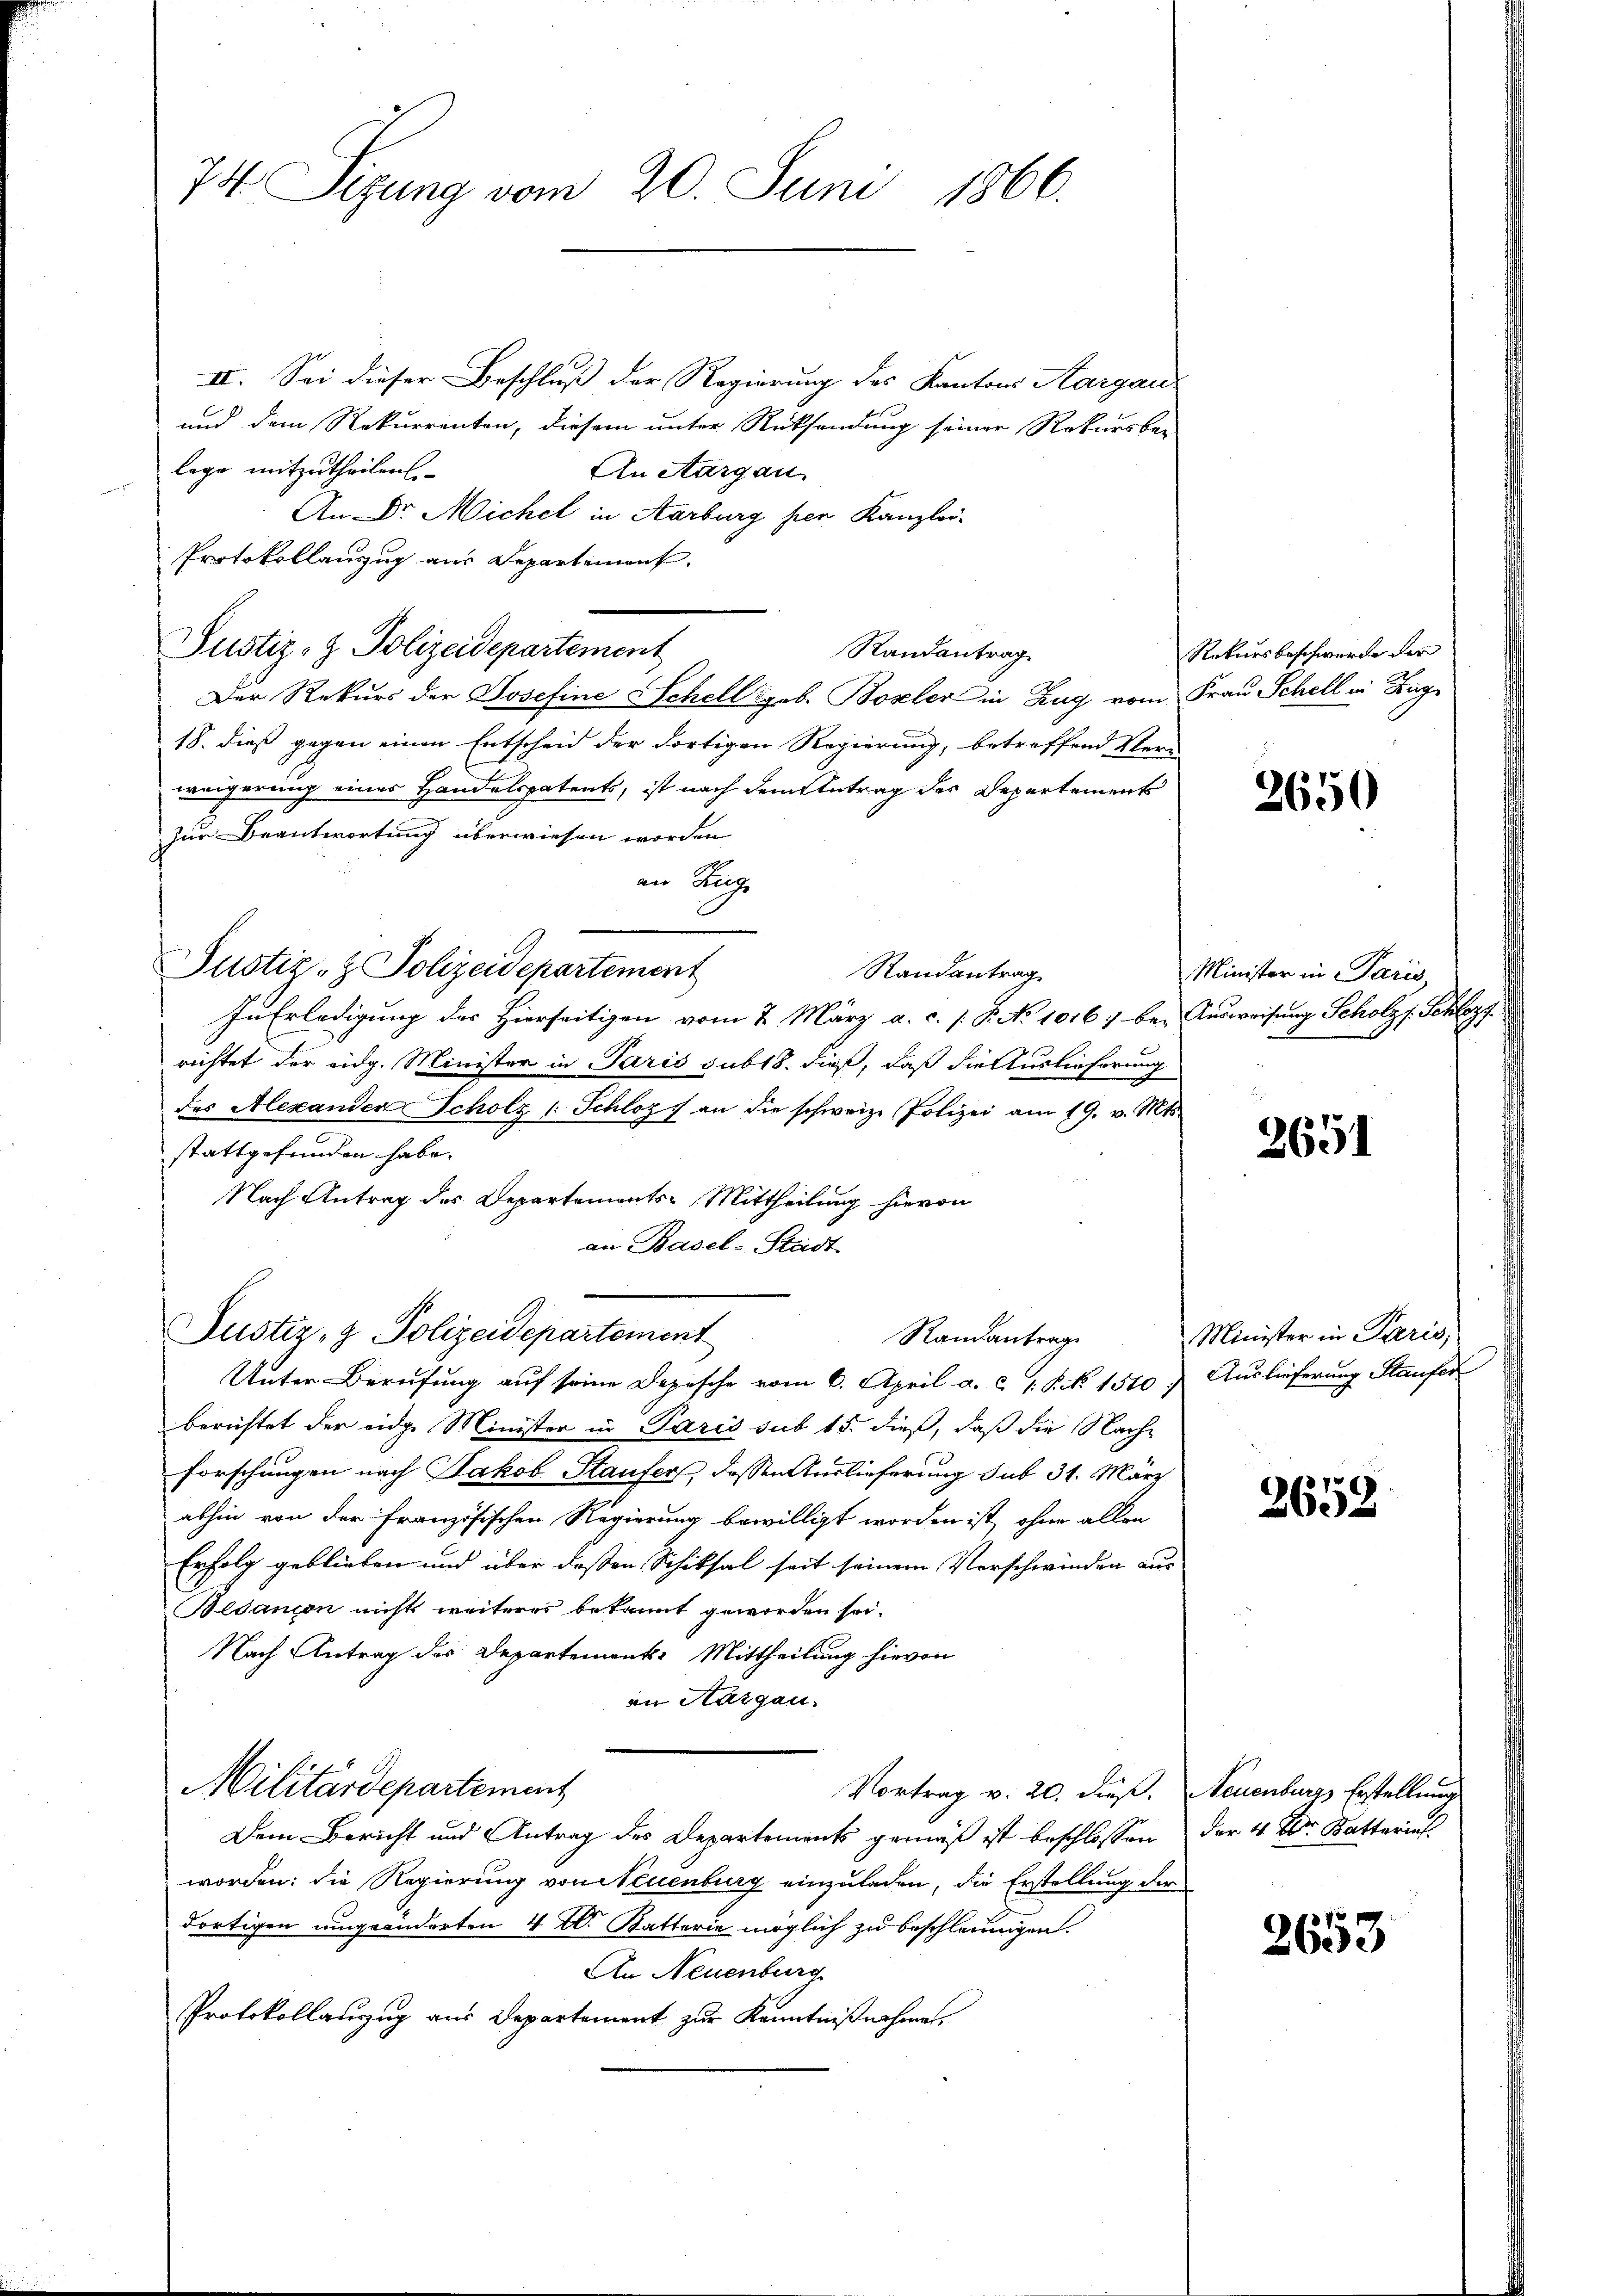
74 Sizung vom 20. Juni 1866.

II. Sei dieser Beschluß der Regierung des Kantons Aargau
und dem Rekurrenten, diesem unter Rücksendung seiner Rekursber
lege mitzutheilen
An Aargau.
An DDr. Michel in Aarburg per Kanzlei-
Protokollauszug aus Departement
Justiz- & Polizeidepartement
Randantrag
Der Rekurs der Josefine Schell geb. Boxler in Zug vom Frau Schell in Zug
18. dieß gegen einen Entscheid der dortigen Regierung, betreffend Verweigerung eines Handelspatents, ist nach dem Antrag des Departement
zur Beantwortung überwiesen worden
an Hug
Justiz- & Polizeidepartement
Randantrag
In Erledigung des Hierseitigen vom 2. März a. c. s. S. No 10167 bei Ausweisung Scholz s. Schloss
richtet der eidg. Minister in Paris sub 18. dieß, daß die Auslieferung
des Alexanden Scholz 1 Schlöz) an die schweiz. Polizei am 19. v. Mts.
stattgefunden habe. |
Nach Antrag des Departements-Mittheilung hievon
an Basel-Stadt
Justiz- & Polizeidepartement
Randantrag
Unter Berufung auf seine Depesche vom 6. April a. c. s. Nik. 1510. Auslieferung Staufer
berichtet der eidge Minister in Paris sub 15. dieß, daß die Nachforschungen nach Jakob Staufers, dessen Auslieferung sub 31. März
abhin von der Französischen Regierung bewilligt worden ist, ohne allen
Erfolg geblieben und über deßen Schiksal seit seinem Verschwinden aus
Bedanion nicht weiteres bekannt geworden sei.
Nach Antrag des Departement. Mittheilung hievon
an Sargau.
Militärdepartement
Vortrag v. 20. dieß. Neuenburgs Erstellung
Dem Bericht und Antrag des Departements gemäß ist beschlossen der 4tr Katteria
worden: die Regierung von Neuenburg einzuladen, die Erstellung der
dortigen umgeänderten 4 Al. Katterie möglich zu beschleunigen.
An Neuenburg
Protokollauszug aus Departement zur Kenntnißnahmen,

Rekursbeschwerde der

2650

Minister in Paris,

2651

Minister in Paris,

2652

2653